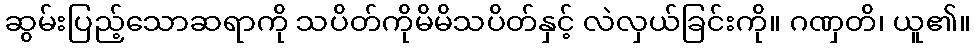
ဆွမ်းပြည့်သောဆရာကို သပိတ်ကိုမိမိသပိတ်နှင့် လဲလှယ်ခြင်းကို။ ဂဏှတိ၊ ယူ၏။